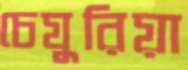
চেযুরিয়া